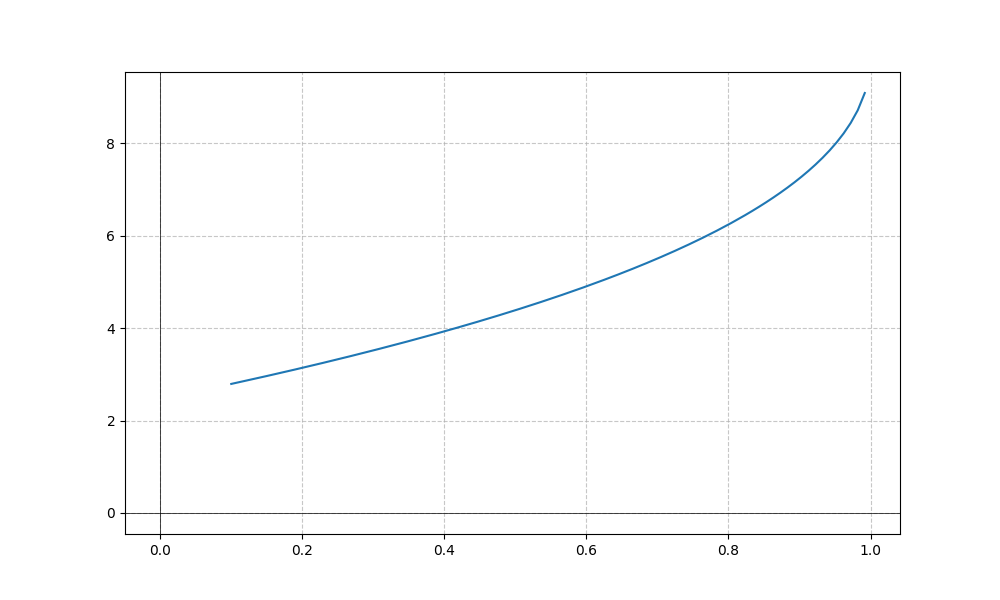
LaTeX formula: \operatorname{acos}^{2}{\left(- x \right)}